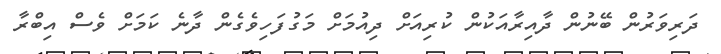
ދަރިވަރުން ބޭނުން ދާއިރާއަކުން ކުރިއަށް ދިއުމަށް މަގުފަހިވެގެން ދާނެ ކަމަށް ވެސް އިބްރާ